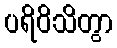
ပရိဝိသိတွာ